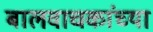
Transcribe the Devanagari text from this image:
बालवाचकांच्या